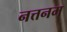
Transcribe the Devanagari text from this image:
नत्तनम